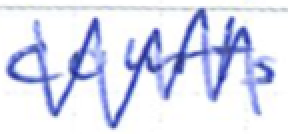
Text: courts
Cross-out: zig-zag
Writing tool: ballpoint